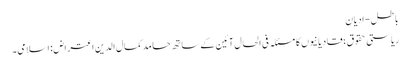
باطل- ادیان
ریاستی حقوق؛ قادیانیوں کا مسئلہ فی الحال آئین کے ساتھ حامد کمال الدین اعتراض: اسلامی۔